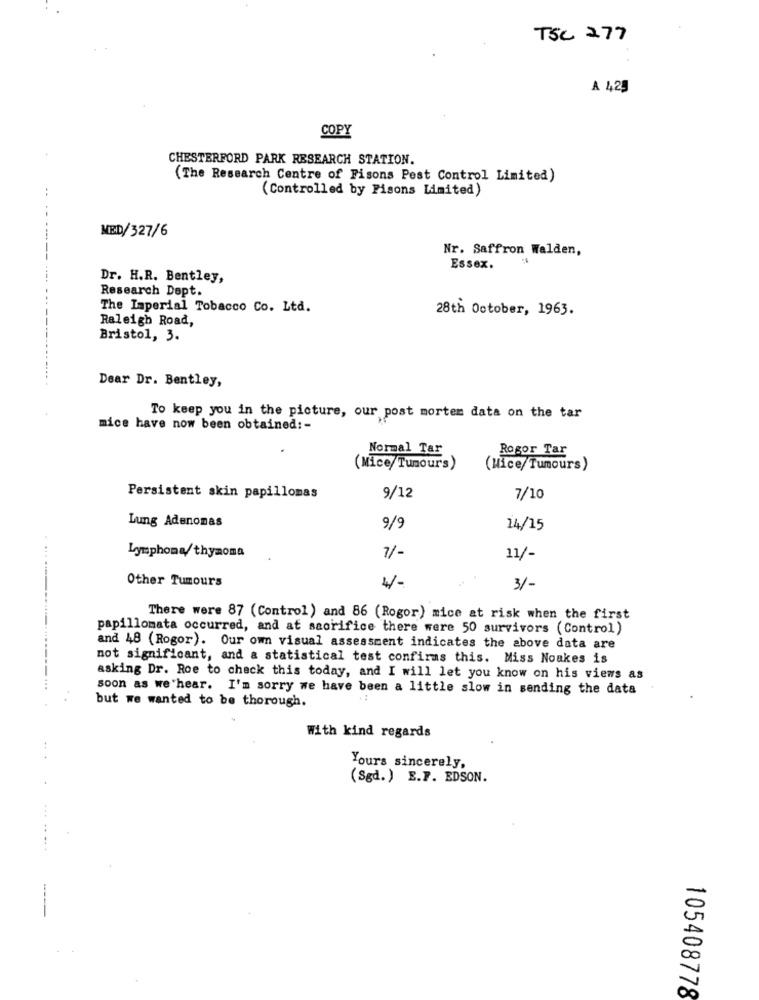
TSC 2.77
A 4,25
COPY
CHESTERFORD PARK RESEARCH STATION.
(The Research Centre of Pisons Pest Control Limited)
(Controlled by Pisons Limited)
MED/327/6
Nr. Saffron Walden,
Essex.
Dr. H.R. Bentley,
Research Dept.
The Imperial Tobacco Co. Ltd.
28th October, 1963.
Raleigh Road,
Bristol, 3.
Dear Dr. Bentley,
To keep you in the picture, our post mortem data on the tar
mice have now been obtained :-
Normal Tar
Rogor Tar
(Mice/Tunours)
(Hice/ Tumours)
Persistent skin papillomas
9/12
7/10
Lung Adenomas
9/9
14/15
7/-
Lymphoma/thyaoma
11/-
Other Tumours
3/-
There were 87 (Control ) and 86 (Rogor) mice at risk when the first
papillomata occurred, and at sacrifice there were 50 survivors (Control)
and 48 (Rogor). Our own visual assessment indicates the above data are
not significant, and a statistical test confirms this. Miss Noakes is
asking Dr. Roe to check this today, and I will let you know on his views as
soon as we hear. I'm sorry we have been a little slow in sending the data
but we wanted to be thorough.
With kind regards
Yours sincerely,
(Sgd.) E.F. EDSON.
105408778